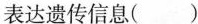
表达遗传信息（）